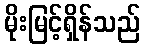
မိုးမြင့်ရှိန်သည်